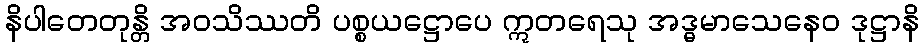
နိပါတေတုန္တိ အဝသိဿတိ ပစ္စယဋ္ဌောပေ ဣတရေသု အဒ္ဓမာသေနေဝ ဒုဋ္ဌာနိ